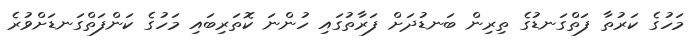
މަހުގެ ކަރުތާ ފަތްގަނޑުގެ ތިރިން ބަނޑުދަށް ފަރާތުގައި ހުންނަ ކޮތަރިބައި މަހުގެ ކަންފަތްގަނޑަށްވުރެ